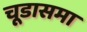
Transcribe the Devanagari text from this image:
चूडासमा